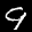
Label: 9